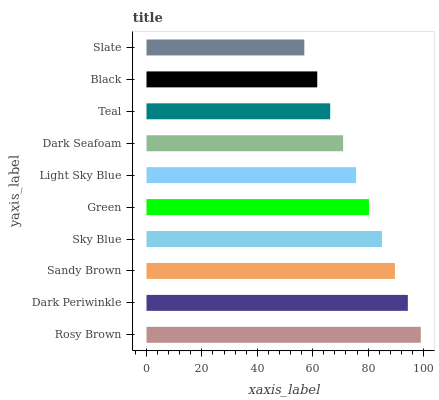
| yaxis_label | bars |
 | --- | --- |
 | Rosy Brown | 99 |
 | Dark Periwinkle | 94.3 |
 | Sandy Brown | 89.7 |
 | Sky Blue | 85 |
 | Green | 80.3 |
 | Light Sky Blue | 75.6 |
 | Dark Seafoam | 71 |
 | Teal | 66.3 |
 | Black | 61.6 |
 | Slate | 57 |